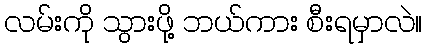
လမ်းကို သွားဖို့ ဘယ်ကား စီးရမှာလဲ။